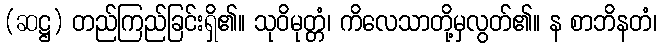
(ဆဋ္ဌ) တည်ကြည်ခြင်းရှိ၏။ သုဝိမုတ္တံ၊ ကိလေသာတို့မှလွတ်၏။ န စာဘိနတံ၊